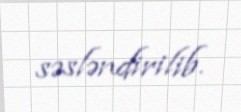
səsləndirilib.